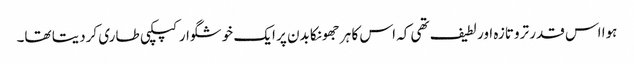
ہوا اس قدر تروتازہ اور لطیف تھی کہ اس کا ہر جھونکا بدن پر ایک خوشگوار کپکپی طاری کردیتا تھا۔